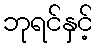
ဘုရင်နှင့်